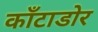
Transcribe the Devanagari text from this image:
काँटाडोर